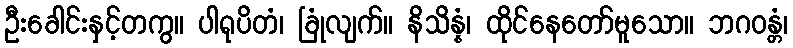
ဦးခေါင်းနှင့်တကွ။ ပါရုပိတံ၊ ခြုံလျက်။ နိသိန္နံ၊ ထိုင်နေတော်မူသော။ ဘဂဝန္တံ၊